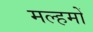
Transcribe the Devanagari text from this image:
मल्हमों